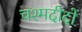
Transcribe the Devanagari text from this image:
चश्मदीदों